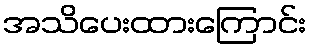
အသိပေးထားကြောင်း